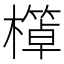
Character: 𱤩